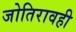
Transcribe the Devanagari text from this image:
जोतिरावही